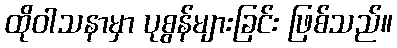
ထိုဝါသနာမှာ ပုစွန်များခြင်း ဖြစ်သည်။